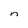
Character: n